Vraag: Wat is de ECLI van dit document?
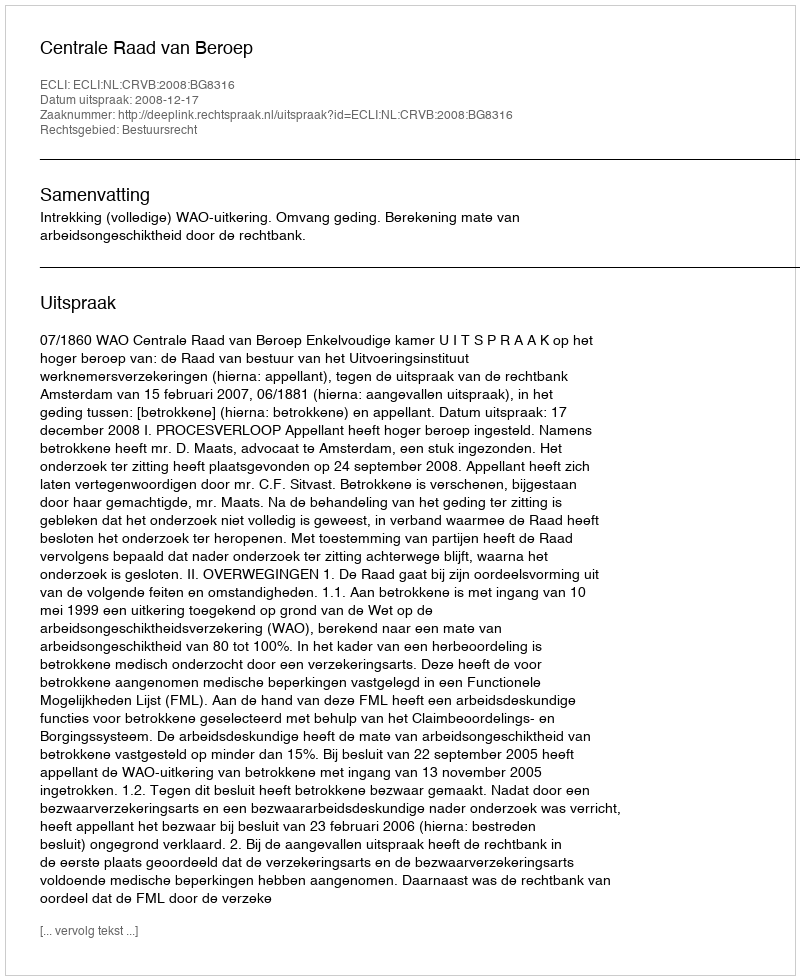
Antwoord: ECLI:NL:CRVB:2008:BG8316